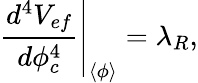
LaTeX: \left.\frac{d^{4}V_{ef}}{d\phi_{c}^{4}}\right|_{\left\langle\phi\right\rangle}=\lambda_{R},